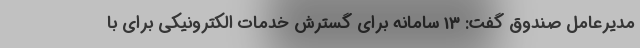
مدیرعامل صندوق گفت: 13 سامانه برای گسترش خدمات الکترونیکی برای با